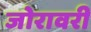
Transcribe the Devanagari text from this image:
जोरावरी